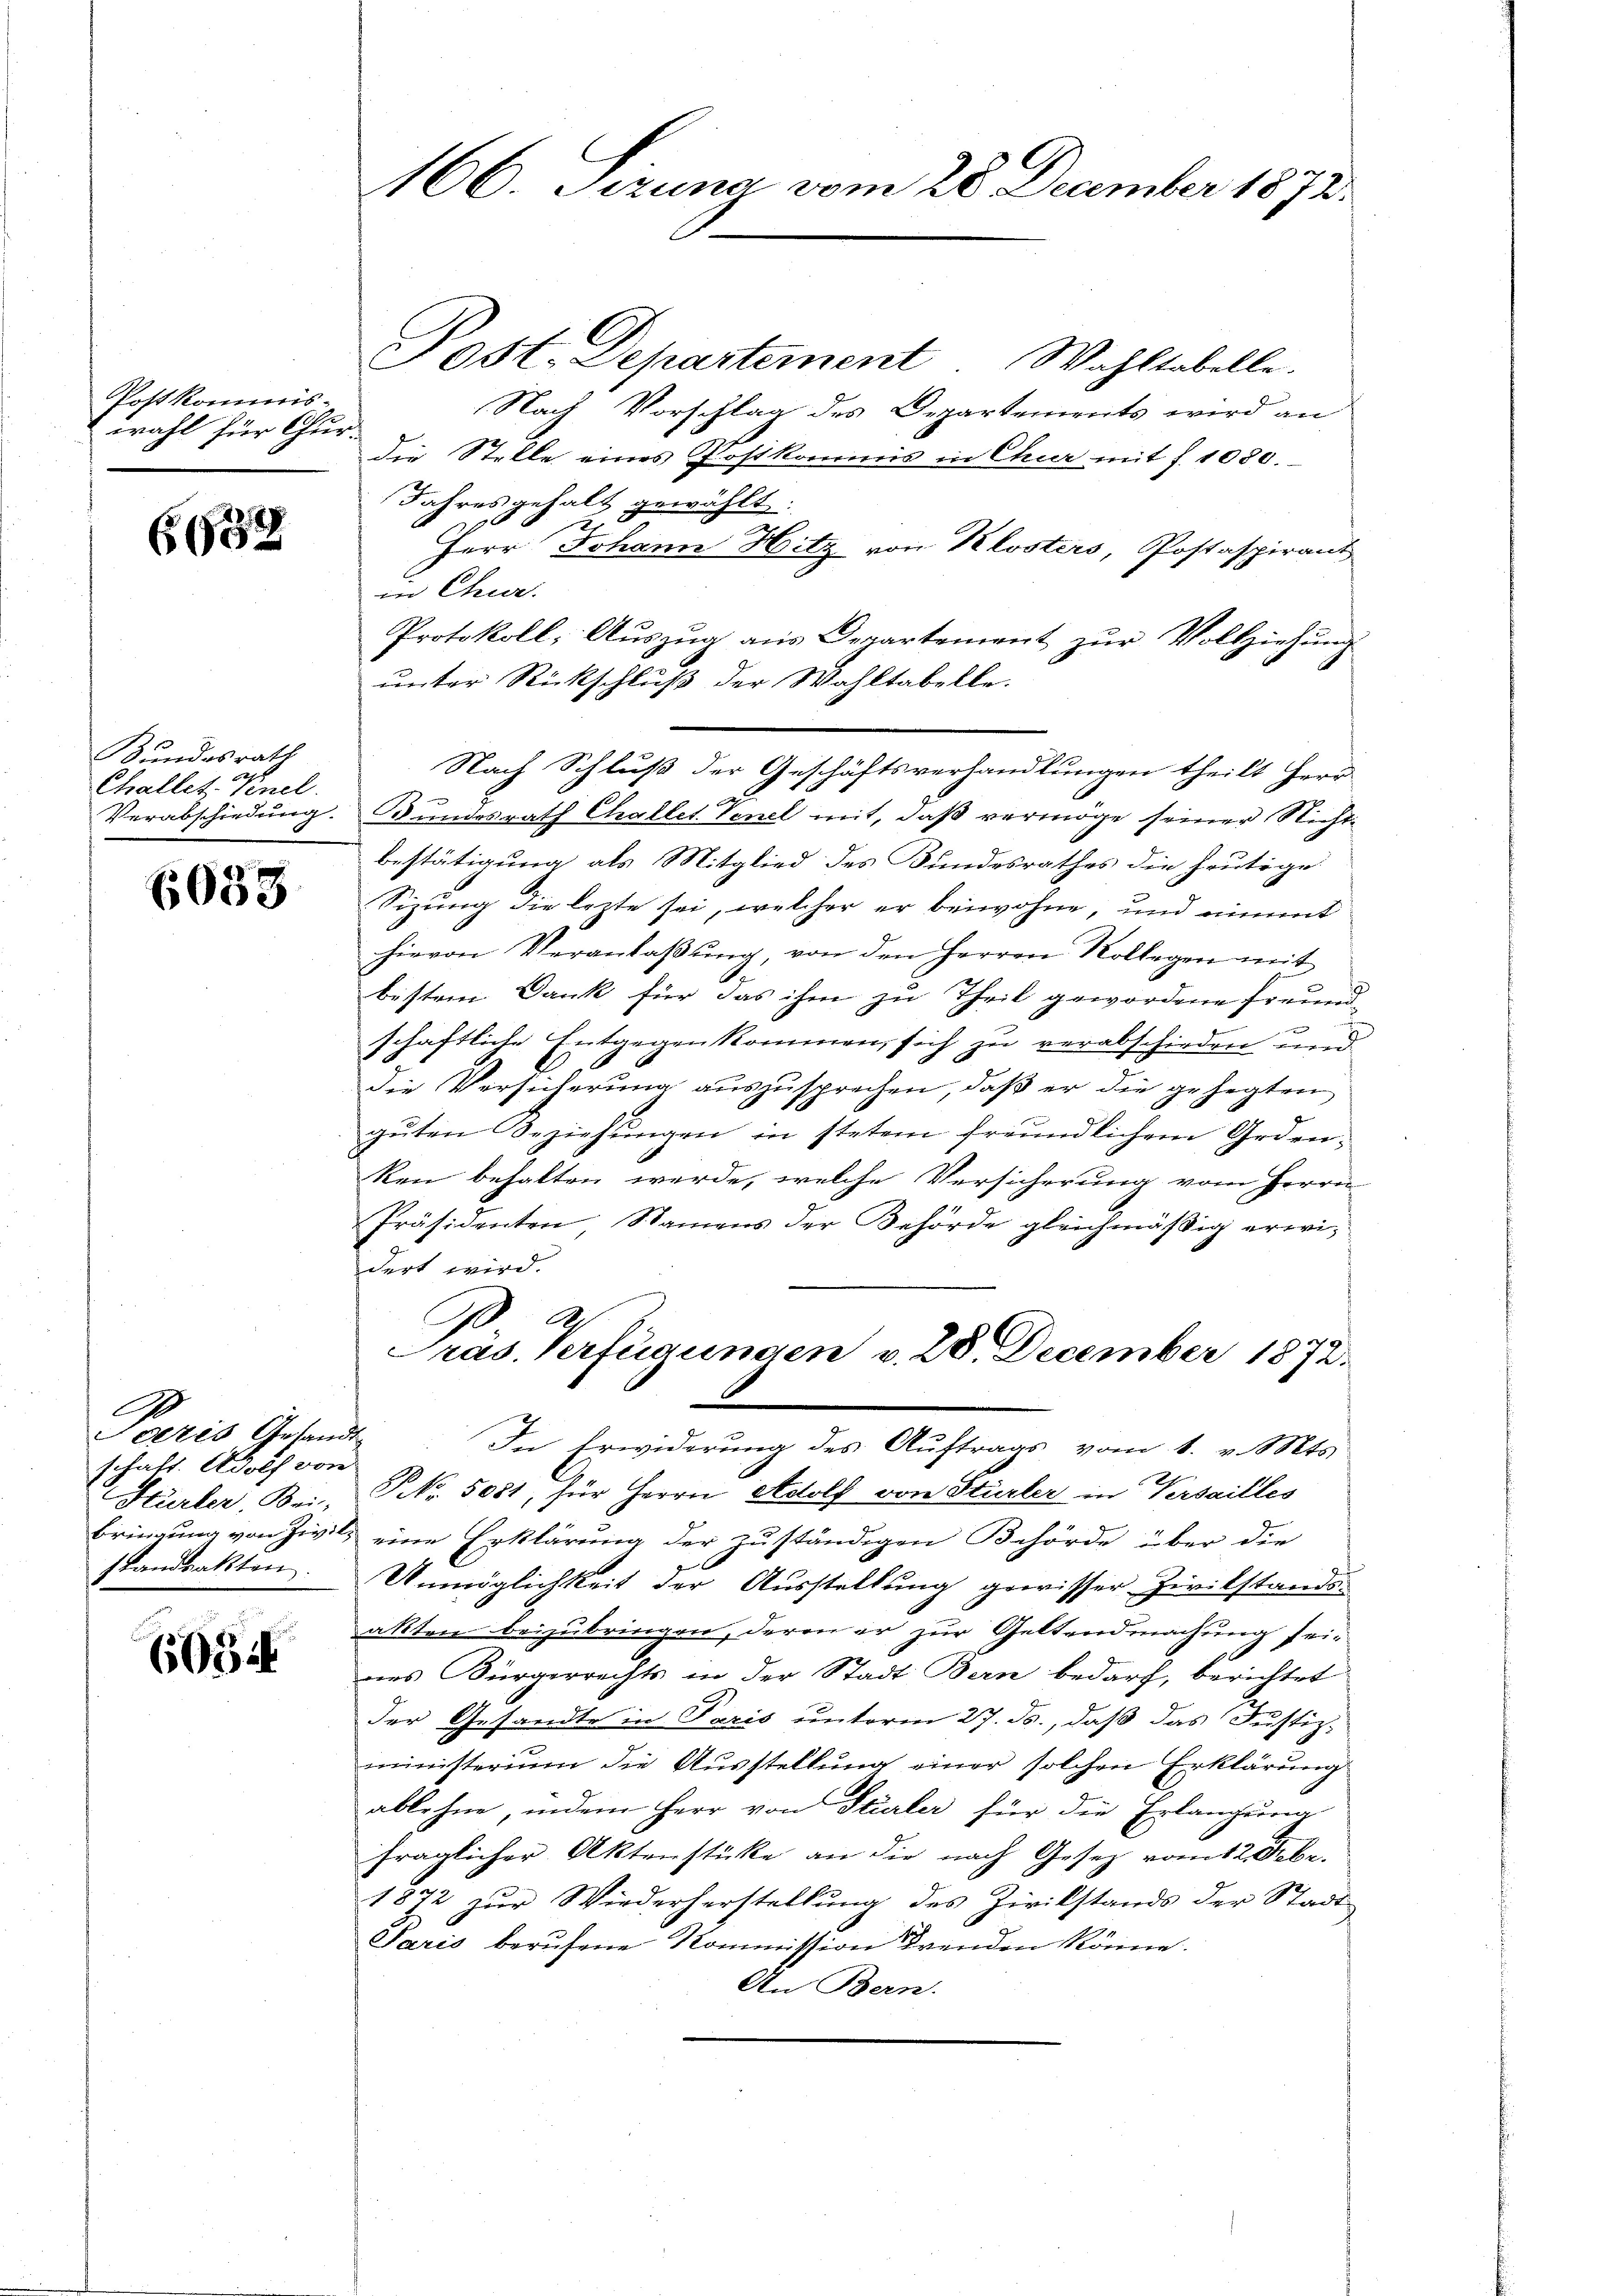
Post kommis-
wahl für Chur-

6632

Kundesrath
Challet, Knel.

6033

Paris Gesandt
schaft. Adolf von
standsakten.

6054

166. Sezuna vom 28. December 1872.

Post. Departement Wahltabelle.
Nach Vorschlag des Departements wird an
die Stelle eines Postkommis in Chur mit f. 1080.
Jahres gehalt gewählt.
Herr Johann Hitz von Klosters, Postaspirant
in Chur.
Protokoll, Auszug aus Departement zur Vollziehung
ŭnter Rückschluß der Wahltabelle.
Verabschiedung. Bundesrath Challet Venel mit, daβ vermöge seiner Nicht-
bestätigung als Mitglied des Bundesrathes die heutige
Sizung die lezte sei, welcher er beiwohne, und einmit
hievon Veranlaβŭng, von den Herren Kollegen mit
bisten Dank für das ihm zu Theil gewordene Freunde
schaftliche Entgegenkommen, sich zu verabschieden und
die Versicherung auszusprechen, daß er die gehegten
gŭten Beziehŭngen in stetem freundlichem Geden-
ken behalten werde, welche Versicherung vom Herrn
Präsidenten Namens der Behörde gleichmäßig erwidert wird.
Präs. Verfügungen v. 28. December 1872.
In Erwiderung des Auftrags vom 1. v. Mts.
Hürler, Bei No. 5081, für Herrn Adolf von Stürler in Versailles
bringung von Zivili eine Erklärung der zuständigen Behörde über die
Unmöglichkeit der Ausstellung gewisser Zivilstandsakten beizubringen, deren er zur Geltendmachung seines Bürgerrechts in der Stadt Bern bedarf, berichtet
der Gesandte in Paris unterm 27. ds., daß das Justiz-
ministerium die Ausstellung einer solchen Erklärung
ablehne, indem Herr von Stürler für die Erlangung
fraglicher Aktenstücke an die nach Gesetz vom 12. Febr.
1872 zur Wiederherstellung des Zivilstands der Stadt
Paris berŭfene Kommission renden könne.
An Bern.

Nach Schluß der Geschäftsverhandlungen theilt Herr